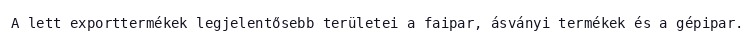
A lett exporttermékek legjelentősebb területei a faipar, ásványi termékek és a gépipar.